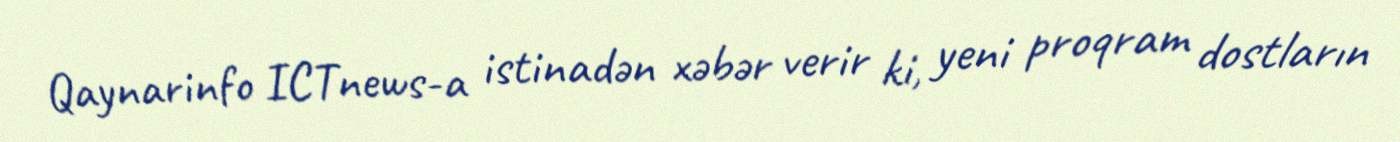
Qaynarinfo ICTnews-a istinadən xəbər verir ki, yeni proqram dostların